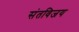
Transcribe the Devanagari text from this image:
संतविजय